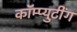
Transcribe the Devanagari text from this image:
कॉम्प्युटींग